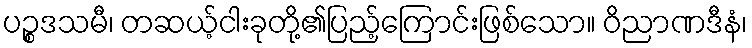
ပဉ္စဒသမီ၊ တဆယ့်ငါးခုတို့၏ပြည့်ကြောင်းဖြစ်သော။ ဝိညာဏဒီနံ၊